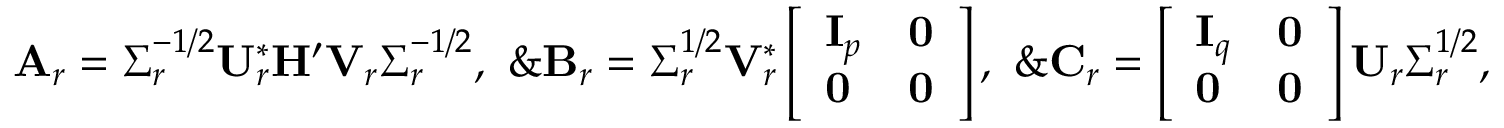
\begin{array} { r l } & { \mathbf { A } _ { r } = \boldsymbol { \Sigma } _ { r } ^ { - 1 / 2 } \mathbf { U } _ { r } ^ { * } \mathbf { H } ^ { \prime } \mathbf { V } _ { r } \boldsymbol { \Sigma } _ { r } ^ { - 1 / 2 } , \ \& \mathbf { B } _ { r } = \boldsymbol { \Sigma } _ { r } ^ { 1 / 2 } \mathbf { V } _ { r } ^ { * } \left[ \begin{array} { l l } { \mathbf { I } _ { p } } & { \mathbf { 0 } } \\ { \mathbf { 0 } } & { \mathbf { 0 } } \end{array} \right] , \ \& \mathbf { C } _ { r } = \left[ \begin{array} { l l } { \mathbf { I } _ { q } } & { \mathbf { 0 } } \\ { \mathbf { 0 } } & { \mathbf { 0 } } \end{array} \right] \mathbf { U } _ { r } \boldsymbol { \Sigma } _ { r } ^ { 1 / 2 } , } \end{array}